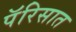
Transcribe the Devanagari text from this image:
पॅरिसात